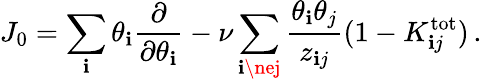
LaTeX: J_{0}=\sum_{\mathbf{i}}\theta_{\mathbf{i}}{\frac{{\partial}}{{\partial\theta_{\mathbf{i}}}}}-\nu\sum_{\mathbf{i}\nej}{\frac{{\theta_{\mathbf{i}}\theta_{j}}}{{z_{\mathbf{i}j}}}}(1-K_{\mathbf{i}j}^{\mathrm{{tot}}})\, .